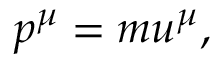
p ^ { \mu } = m u ^ { \mu } ,